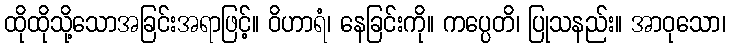
ထိုထိုသို့သောအခြင်းအရာဖြင့်။ ဝိဟာရံ၊ နေခြင်းကို။ ကပ္ပေတိ၊ ပြုသနည်း။ အာဝုသော၊